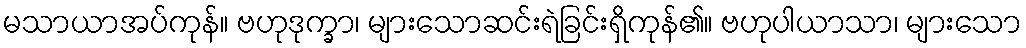
မသာယာအပ်ကုန်။ ဗဟုဒုက္ခာ၊ များသောဆင်းရဲခြင်းရှိကုန်၏။ ဗဟုပါယာသာ၊ များသော